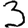
Digit: 3